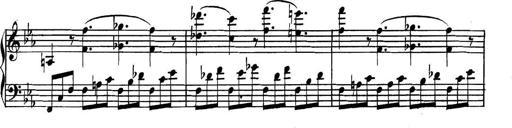
Title: Collected Piano Sonatas
Composer: Muzio Clementi